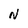
Character: N